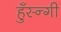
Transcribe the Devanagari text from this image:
हुँस्न्गी